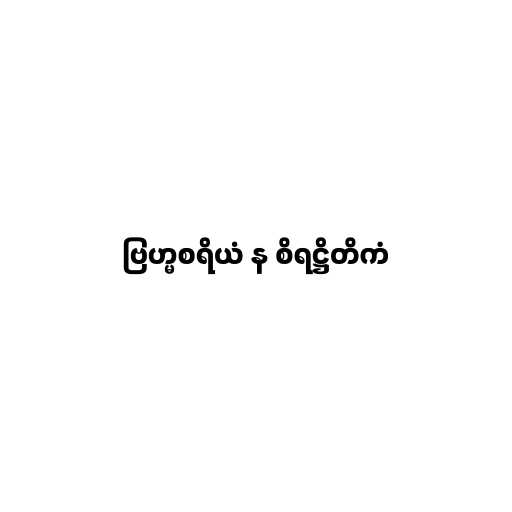
ဗြဟ္မစရိယံ န စိရဋ္ဌိတိကံ